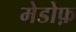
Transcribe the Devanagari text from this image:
मेडोफ़